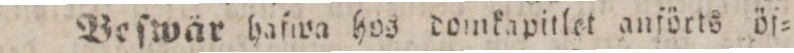
Beſwär haſwa hos domkapitlet anförts öf=